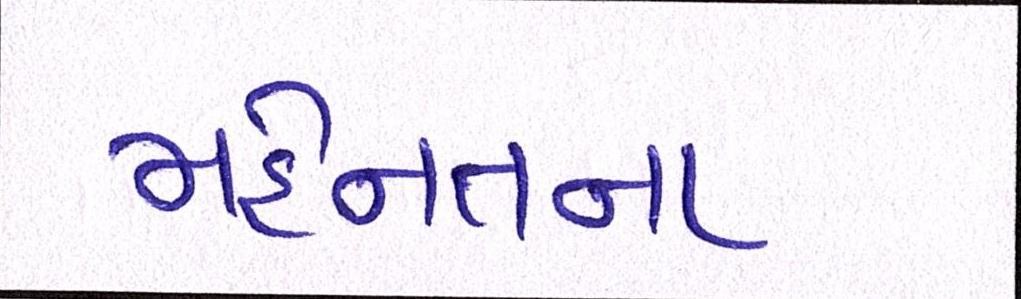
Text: મહેનતના